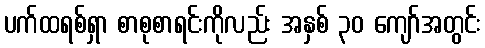
ပက်ထရစ်ရှာ စာစုစာရင်းကိုလည်း အနှစ် ၃၀ ကျော်အတွင်း